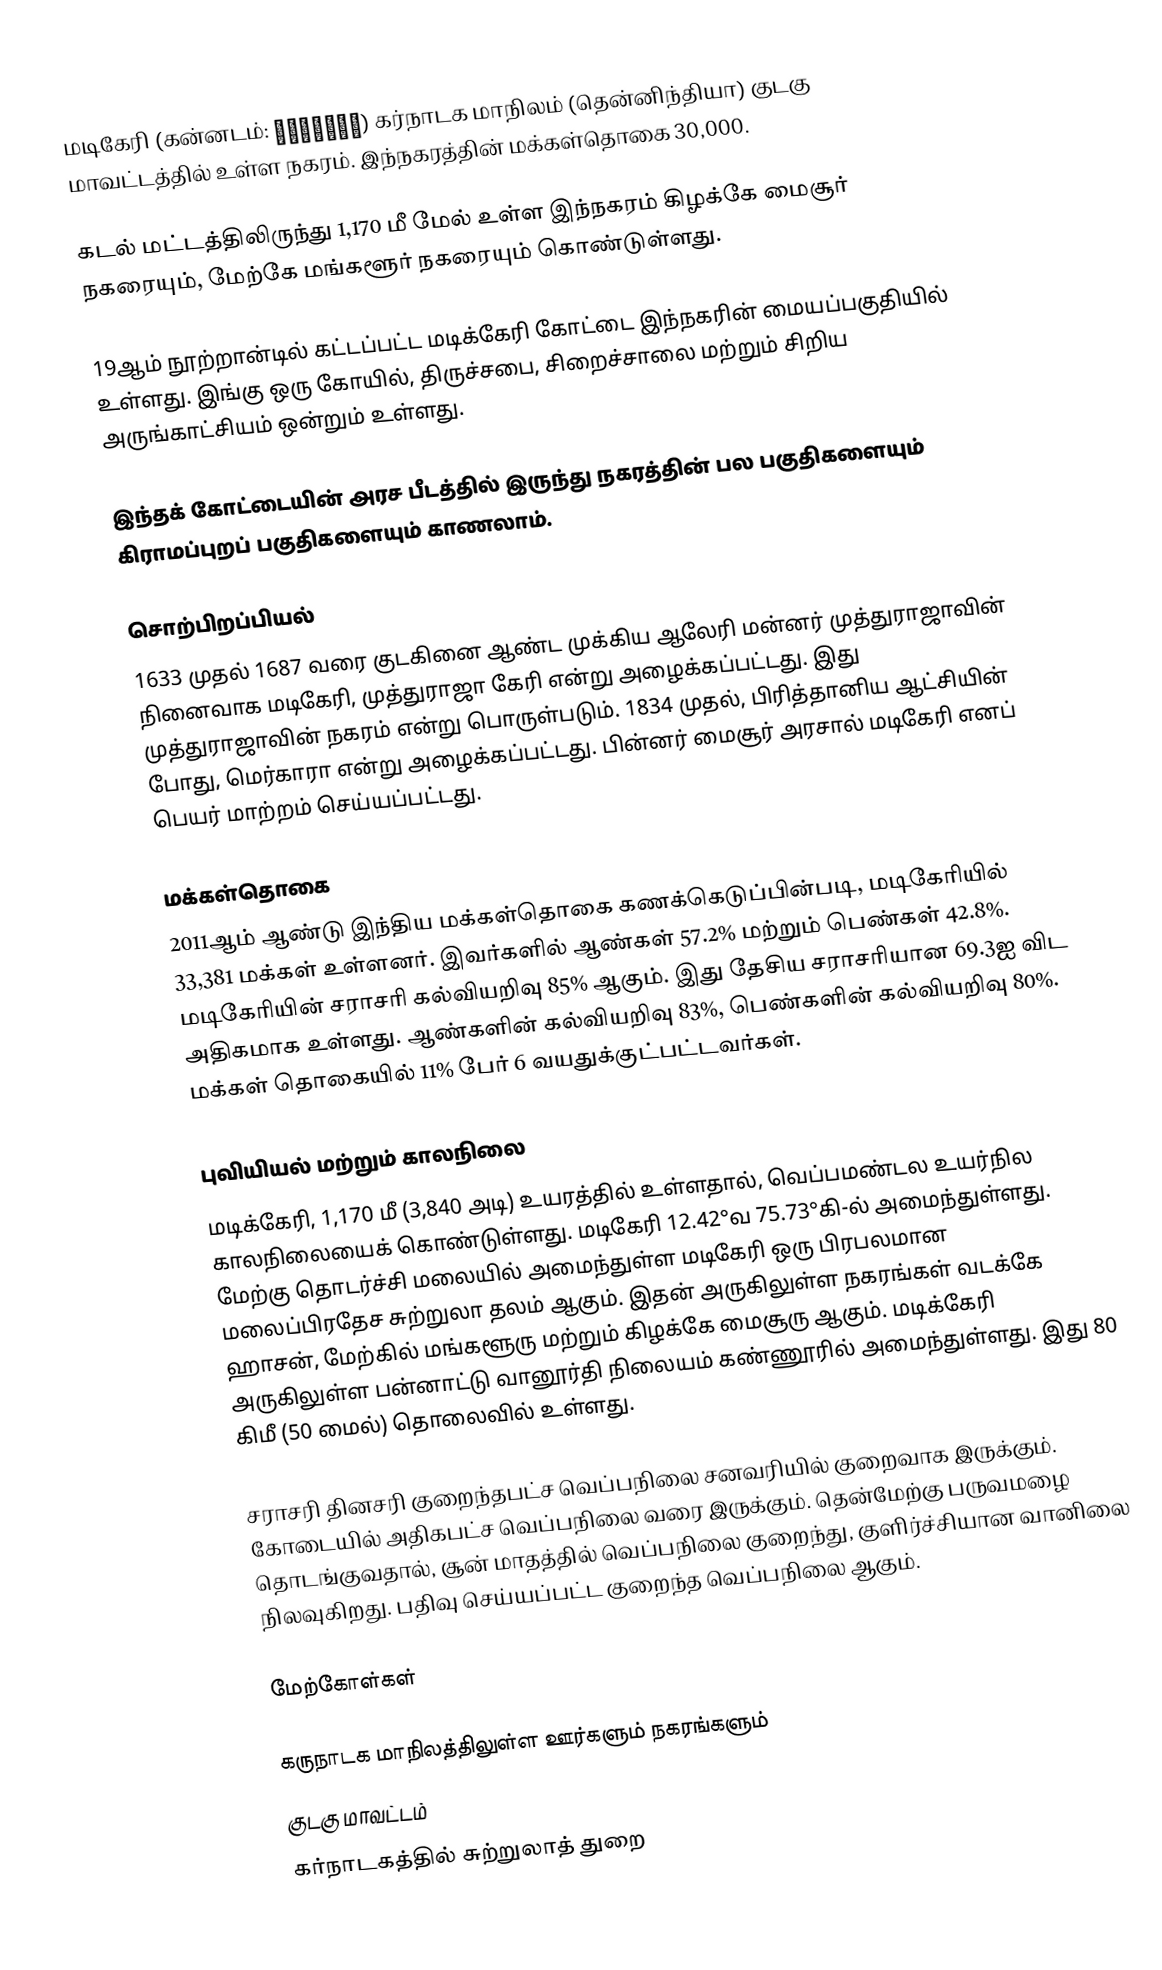
மடிகேரி (கன்னடம்: ಮಡಿಕೇರಿ) கர்நாடக மாநிலம் (தென்னிந்தியா) குடகு மாவட்டத்தில் உள்ள நகரம். இந்நகரத்தின் மக்கள்தொகை 30,000.

கடல் மட்டத்திலிருந்து 1,170 மீ மேல் உள்ள இந்நகரம் கிழக்கே மைசூர் நகரையும், மேற்கே மங்களூர் நகரையும் கொண்டுள்ளது.

19ஆம் நூற்றான்டில் கட்டப்பட்ட மடிக்கேரி கோட்டை இந்நகரின் மையப்பகுதியில் உள்ளது. இங்கு ஒரு கோயில், திருச்சபை, சிறைச்சாலை மற்றும் சிறிய அருங்காட்சியம் ஒன்றும் உள்ளது.

இந்தக் கோட்டையின் அரச பீடத்தில் இருந்து நகரத்தின் பல பகுதிகளையும் கிராமப்புறப் பகுதிகளையும் காணலாம்.

சொற்பிறப்பியல்
1633 முதல் 1687 வரை குடகினை ஆண்ட முக்கிய ஆலேரி மன்னர் முத்துராஜாவின் நினைவாக மடிகேரி, முத்துராஜா கேரி என்று அழைக்கப்பட்டது. இது முத்துராஜாவின் நகரம் என்று பொருள்படும். 1834 முதல், பிரித்தானிய ஆட்சியின் போது, மெர்காரா என்று அழைக்கப்பட்டது. பின்னர் மைசூர் அரசால் மடிகேரி எனப் பெயர் மாற்றம் செய்யப்பட்டது.

மக்கள்தொகை
2011ஆம் ஆண்டு இந்திய மக்கள்தொகை கணக்கெடுப்பின்படி, மடிகேரியில் 33,381 மக்கள் உள்ளனர். இவர்களில் ஆண்கள் 57.2% மற்றும் பெண்கள் 42.8%. மடிகேரியின் சராசரி கல்வியறிவு 85% ஆகும். இது தேசிய சராசரியான 69.3ஐ விட அதிகமாக உள்ளது. ஆண்களின் கல்வியறிவு 83%, பெண்களின் கல்வியறிவு 80%. மக்கள் தொகையில் 11% பேர் 6 வயதுக்குட்பட்டவர்கள்.

புவியியல் மற்றும் காலநிலை
மடிக்கேரி, 1,170 மீ (3,840 அடி) உயரத்தில் உள்ளதால், வெப்பமண்டல உயர்நில காலநிலையைக் கொண்டுள்ளது. மடிகேரி 12.42°வ 75.73°கி-ல் அமைந்துள்ளது.  மேற்கு தொடர்ச்சி மலையில் அமைந்துள்ள மடிகேரி ஒரு பிரபலமான மலைப்பிரதேச சுற்றுலா தலம் ஆகும். இதன் அருகிலுள்ள நகரங்கள் வடக்கே ஹாசன், மேற்கில் மங்களூரு மற்றும் கிழக்கே மைசூரு ஆகும். மடிக்கேரி அருகிலுள்ள பன்னாட்டு வானூர்தி நிலையம் கண்ணூரில் அமைந்துள்ளது. இது 80 கிமீ (50 மைல்) தொலைவில் உள்ளது.

சராசரி தினசரி குறைந்தபட்ச வெப்பநிலை சனவரியில்  குறைவாக இருக்கும். கோடையில் அதிகபட்ச வெப்பநிலை  வரை இருக்கும்.  தென்மேற்கு பருவமழை தொடங்குவதால், சூன் மாதத்தில் வெப்பநிலை குறைந்து, குளிர்ச்சியான வானிலை நிலவுகிறது. பதிவு செய்யப்பட்ட குறைந்த வெப்பநிலை  ஆகும்.

மேற்கோள்கள்

கருநாடக மாநிலத்திலுள்ள ஊர்களும் நகரங்களும்
குடகு மாவட்டம்
கர்நாடகத்தில் சுற்றுலாத் துறை